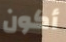
أكون